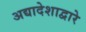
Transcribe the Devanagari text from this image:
अद्यादेशाद्वारे